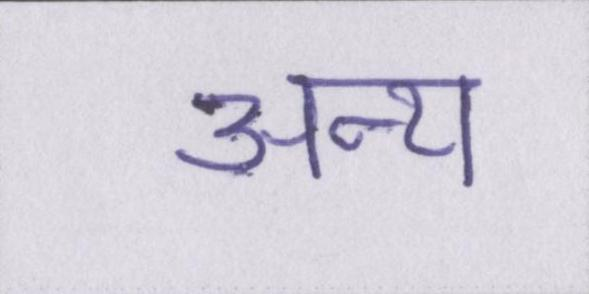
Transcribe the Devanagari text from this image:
अन्य